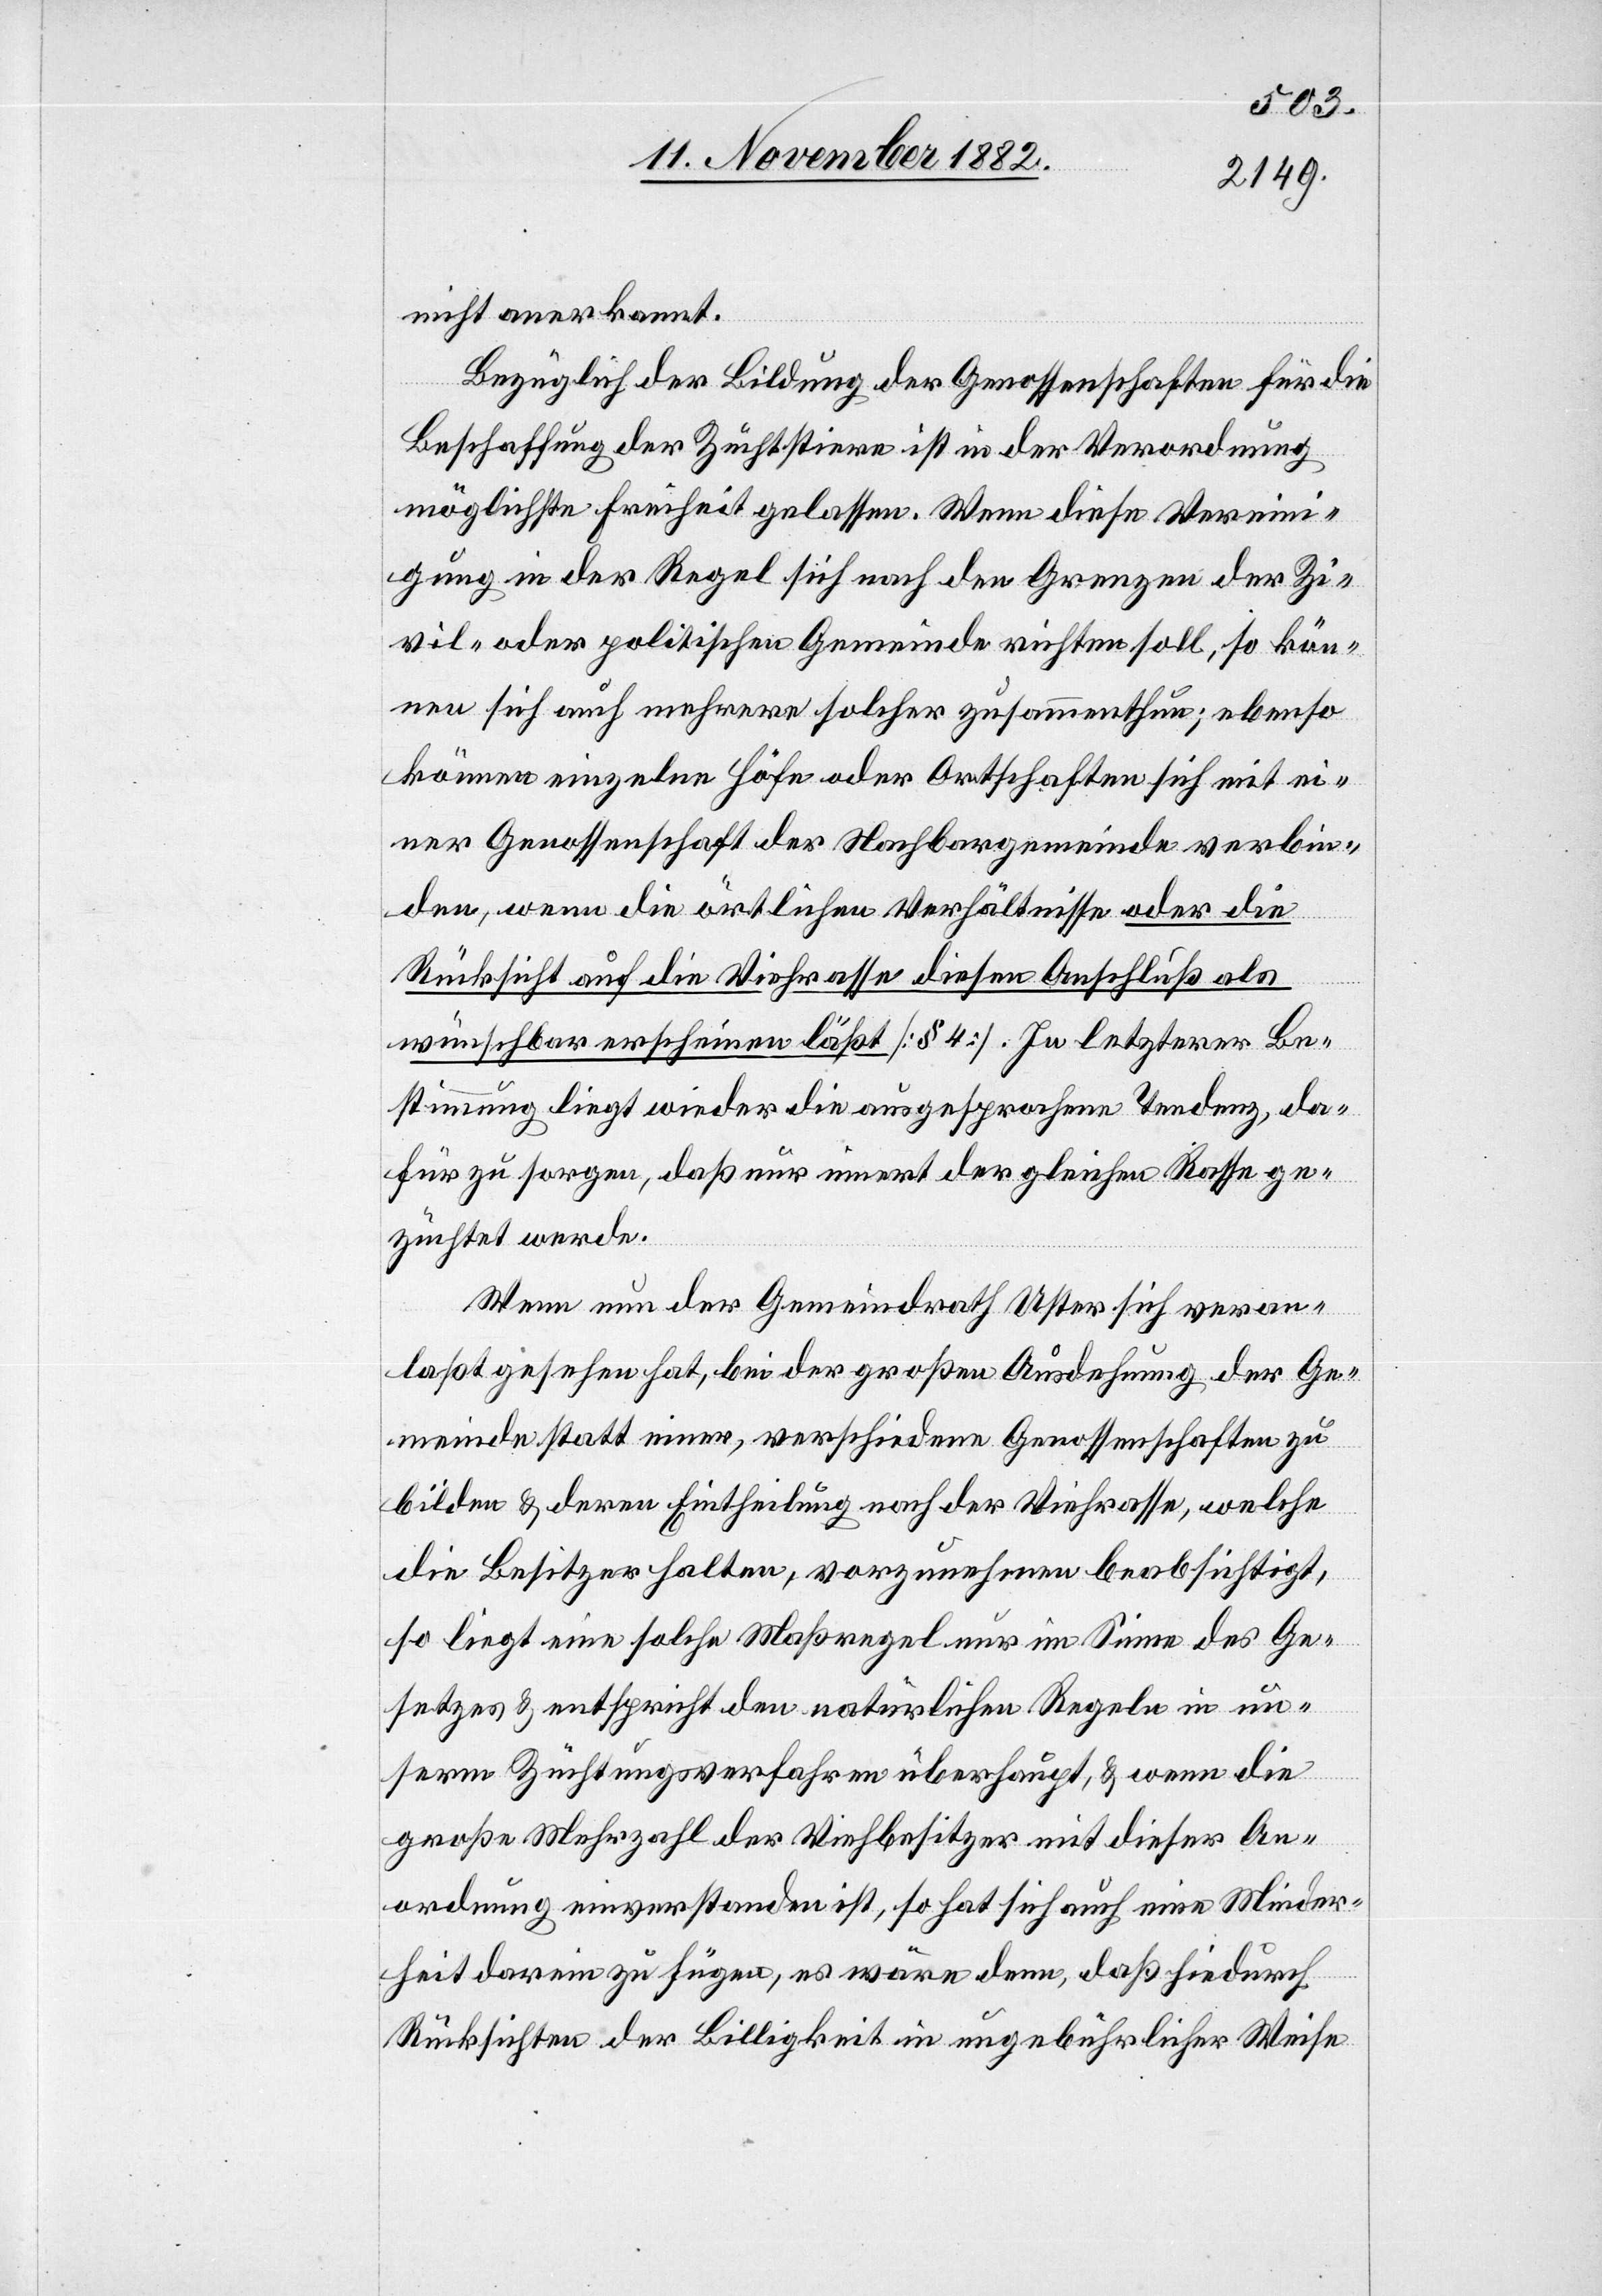
nicht anerkannt.
Bezüglich der Bildung der Genossenschaften für die
Beschaffung der Zuchtstiere ist in der Verordnung
möglichste Freiheit gelassen. Wenn diese Vereini¬
gung in der Regel sich nach den Grenzen der Zi¬
vil- oder politischen Gemeinde richten soll, so kön¬
nen sich auch mehrere solcher zusammenthun; ebenso
können einzelne Höfe oder Ortschaften sich mit ei¬
ner Genossenschaft der Nachbargemeinde verbin¬
den, wenn die örtlichen Verhältnisse oder die
Rücksicht auf die Viehrasse diesen Anschluß als
wünschbar erscheinen läßt. [§ 4]. In letzterer Be¬
stimmung liegt wieder die ausgesprochene Tendenz, da¬
für zu sorgen, daß nur innert der gleichen Rasse ge¬
züchtet werde.
Wenn nun der Gemeindrath Uster sich veran¬
laßt gesehen hat, bei der großen Ausdehnung der Ge¬
meinde statt einer, verschiedene Genossenschaften zu
bilden & deren Eintheilung nach der Viehrasse, welche
die Besitzer halten, vorzunehmen beabsichtigt,
so liegt eine solche Maßregel nur im Sinne des Ge¬
setzes & entspricht den natürlichen Regeln in un¬
serm Züchtungsverfahren überhaupt, & wenn die
große Mehrzahl der Viehbesitzer mit dieser An¬
ordnung einverstanden ist, so hat sich auch eine Minder¬
heit darin zu füge, es wäre denn, daß hiedurch
Rücksichten der Billigkeit in ungebührlicher Weise